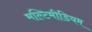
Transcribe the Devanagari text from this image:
मल्टिमीडियम